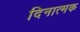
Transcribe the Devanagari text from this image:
दिनात्मक